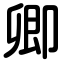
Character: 卿